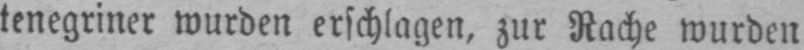
tenegriner wurden erschlagen, zur Rache wurden